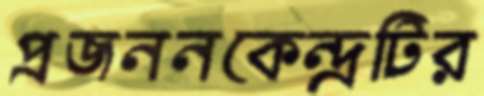
প্রজননকেন্দ্রটির